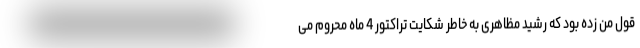
قول من زده بود که رشید مظاهری به خاطر شکایت تراکتور 4 ماه محروم می